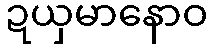
ဍယှမာနောဝ